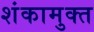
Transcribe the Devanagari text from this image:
शंकामुक्त